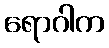
ရောဂါက